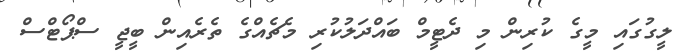
ލީގުގައި މީގެ ކުރިން މި ދެޓީމް ބައްދަލުކުރި މެޗެއްގެ ތެރެއިން ބީޖީ ސްޕޯޓްސް